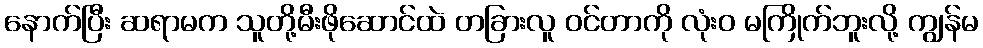
နောက်ပြီး ဆရာမက သူတို့မီးဖိုဆောင်ထဲ တခြားလူ ဝင်တာကို လုံးဝ မကြိုက်ဘူးလို့ ကျွန်မ